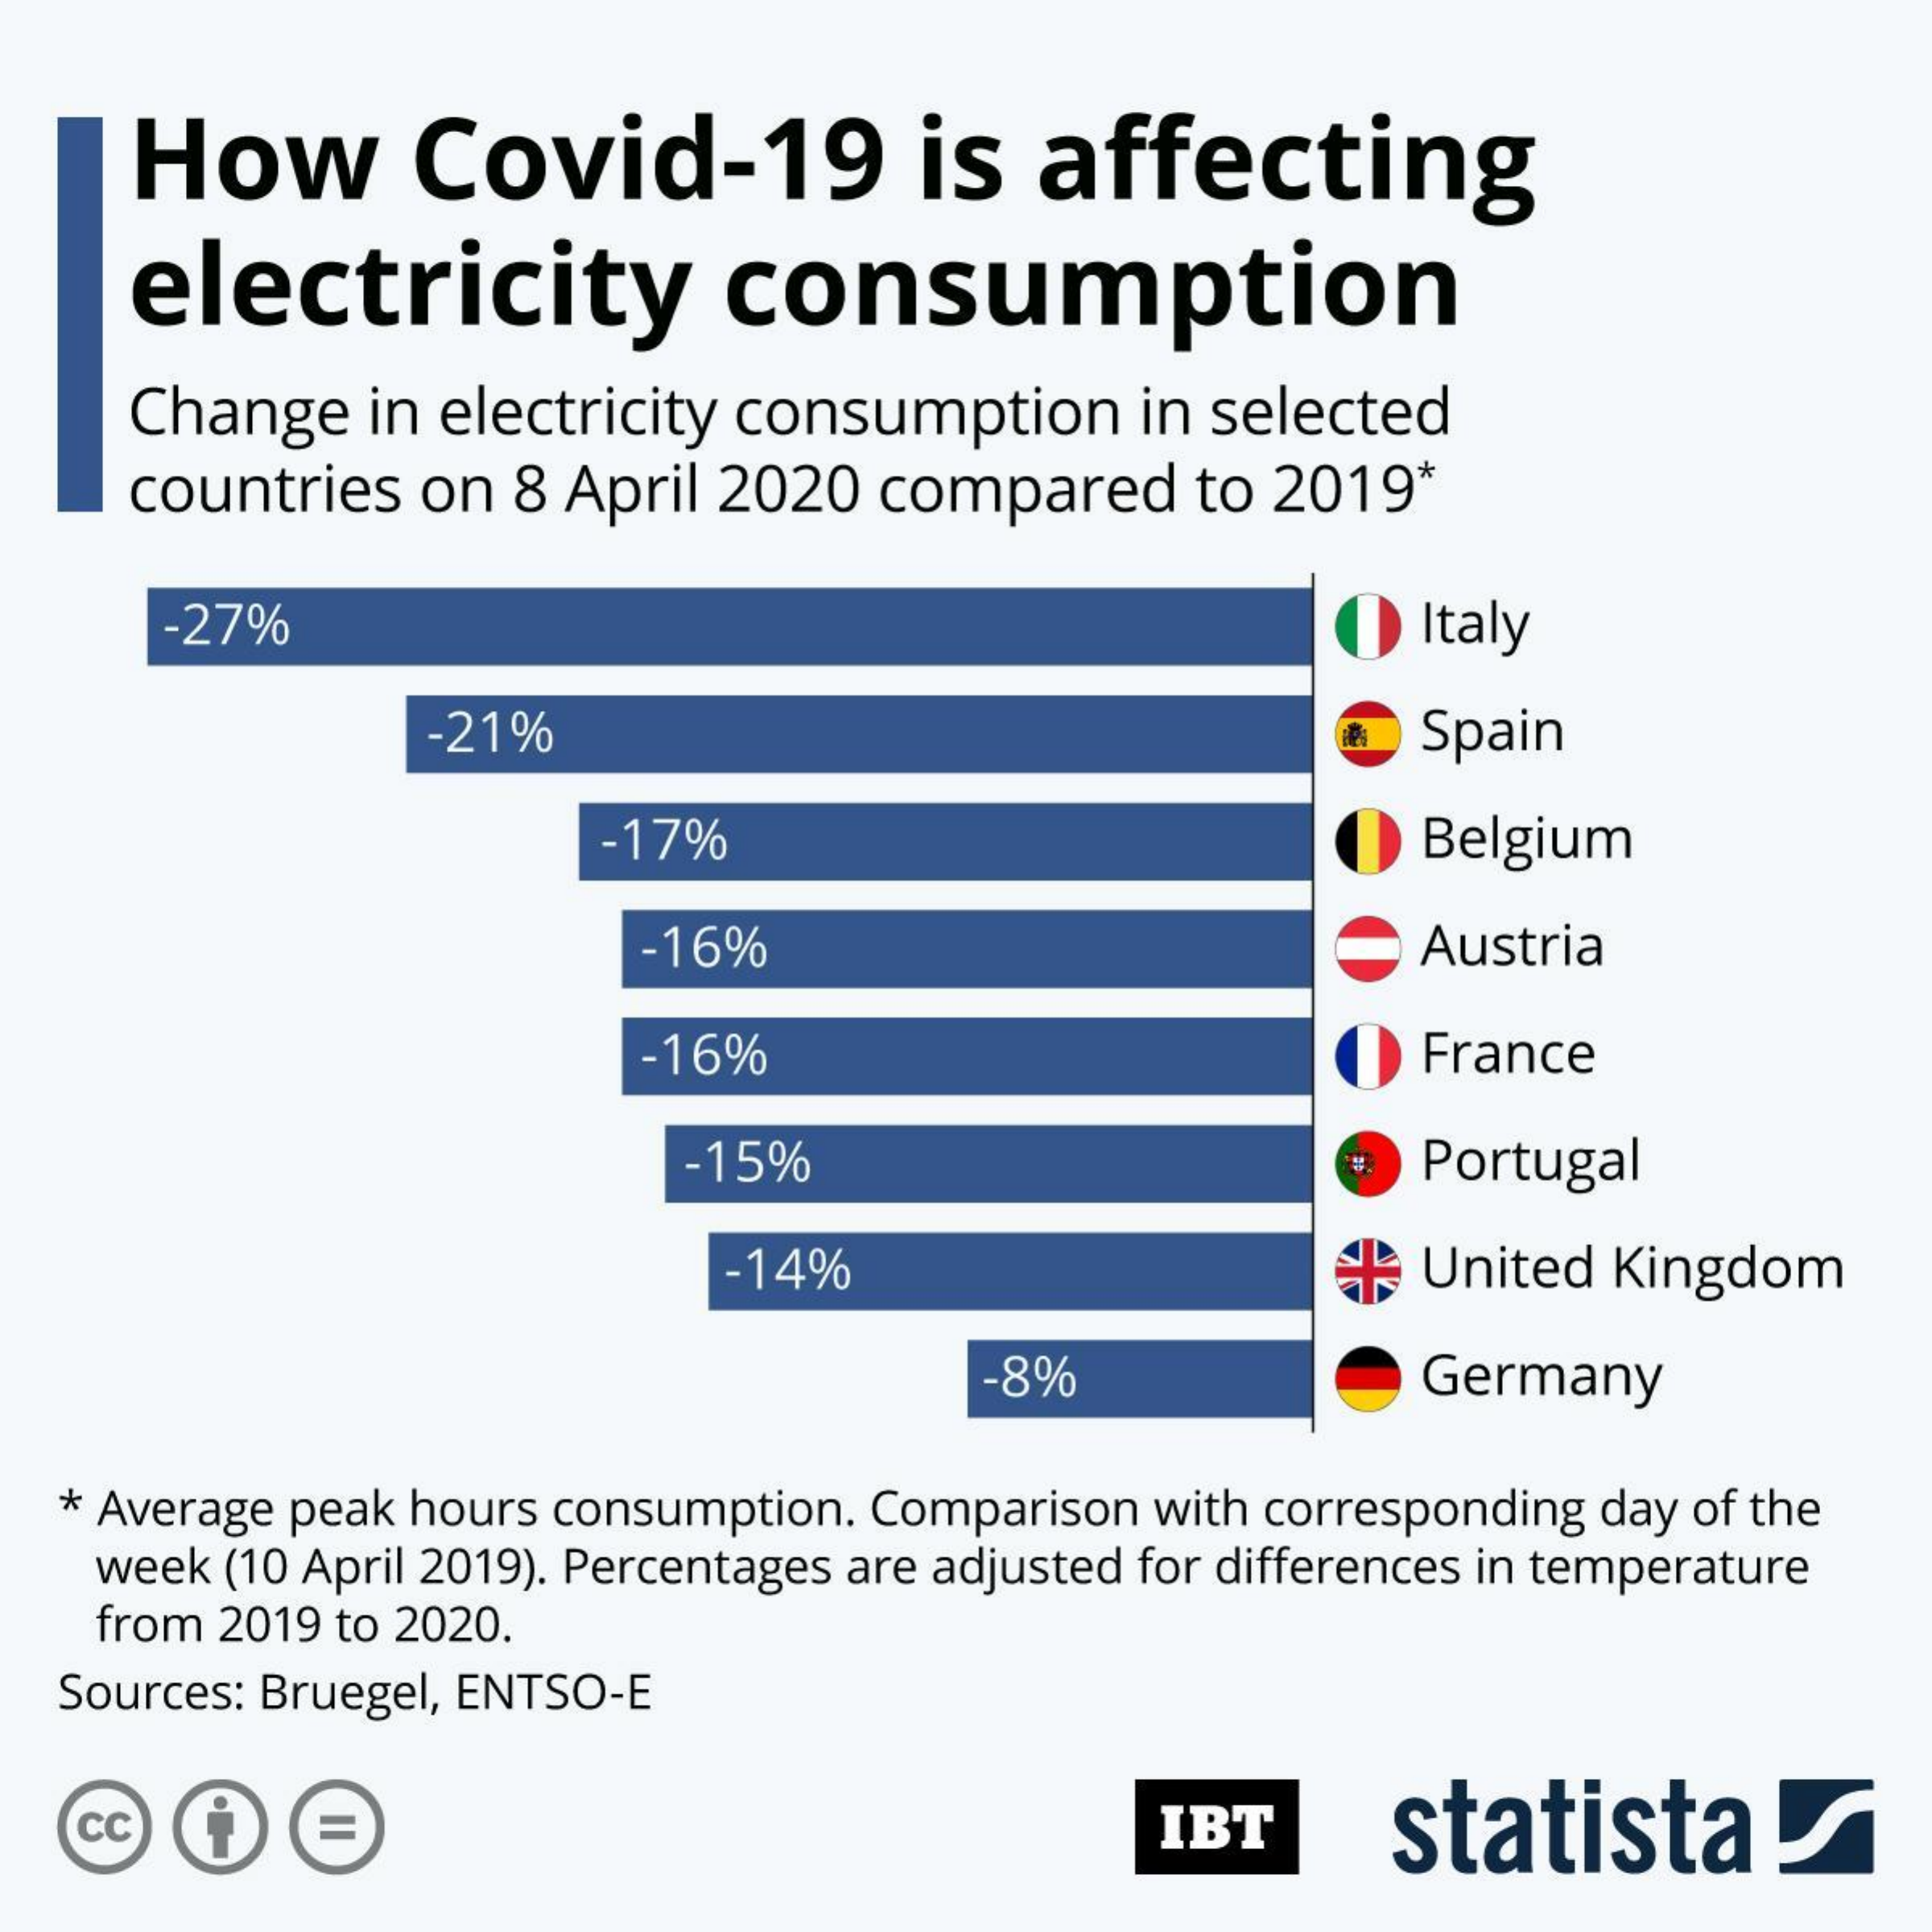
How    Covid-19    is   affecting
     electricity    consumption
     Change   in electricity consumption    in selected
     countries  on  8 April 2020  compared    to 2019*
     -27%    Italy
     -21%    南  Spain
     -17%    Belgium
     -16%    Austria
     -16%    France
     -15%    Portugal
     -14%    United  Kingdom
     -8%    Germany
   * Average peak hours consumption. Comparison with corresponding day of the
    week (10 April 2019). Percentages are adjusted for differences in temperature
    from 2019 to 2020.
   Sources: Bruegel, ENTSO-E
   cc    IBT    statista!